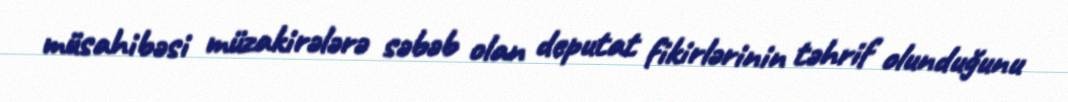
müsahibəsi müzakirələrə səbəb olan deputat fikirlərinin təhrif olunduğunu